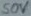
Text: 50V